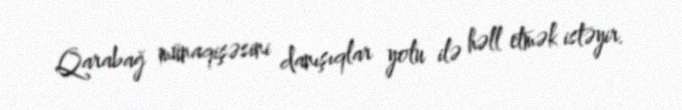
Qarabağ münaqişəsini danışıqlar yolu ilə həll etmək istəyir.